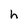
Character: h